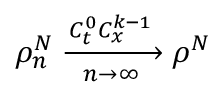
\rho _ { n } ^ { N } \xrightarrow [ n \rightarrow \infty ] { C _ { t } ^ { 0 } C _ { x } ^ { k - 1 } } \rho ^ { N }